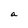
Character: a